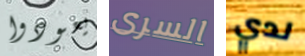
يعودوا السرى لدي